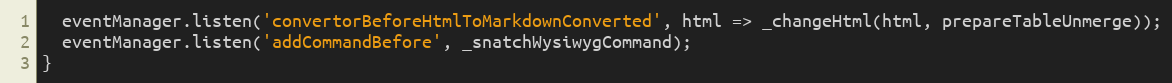
Language: JavaScript
  eventManager.listen('convertorBeforeHtmlToMarkdownConverted', html => _changeHtml(html, prepareTableUnmerge));
  eventManager.listen('addCommandBefore', _snatchWysiwygCommand);
}